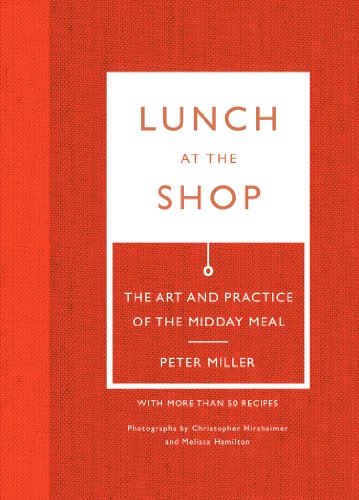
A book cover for Lunch at the Shop: The Art and Practice of the Midday Meal; Peter Miller; Cookbooks, Food & Wine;